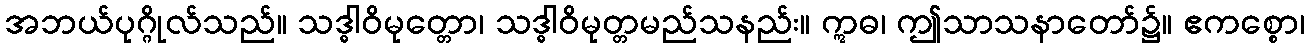
အဘယ်ပုဂ္ဂိုလ်သည်။ သဒ္ဓါဝိမုတ္တော၊ သဒ္ဓါဝိမုတ္တမည်သနည်း။ ဣဓ၊ ဤသာသနာတော်၌။ ဧကစ္စော၊